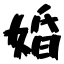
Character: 婚